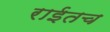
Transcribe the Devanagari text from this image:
राईतच